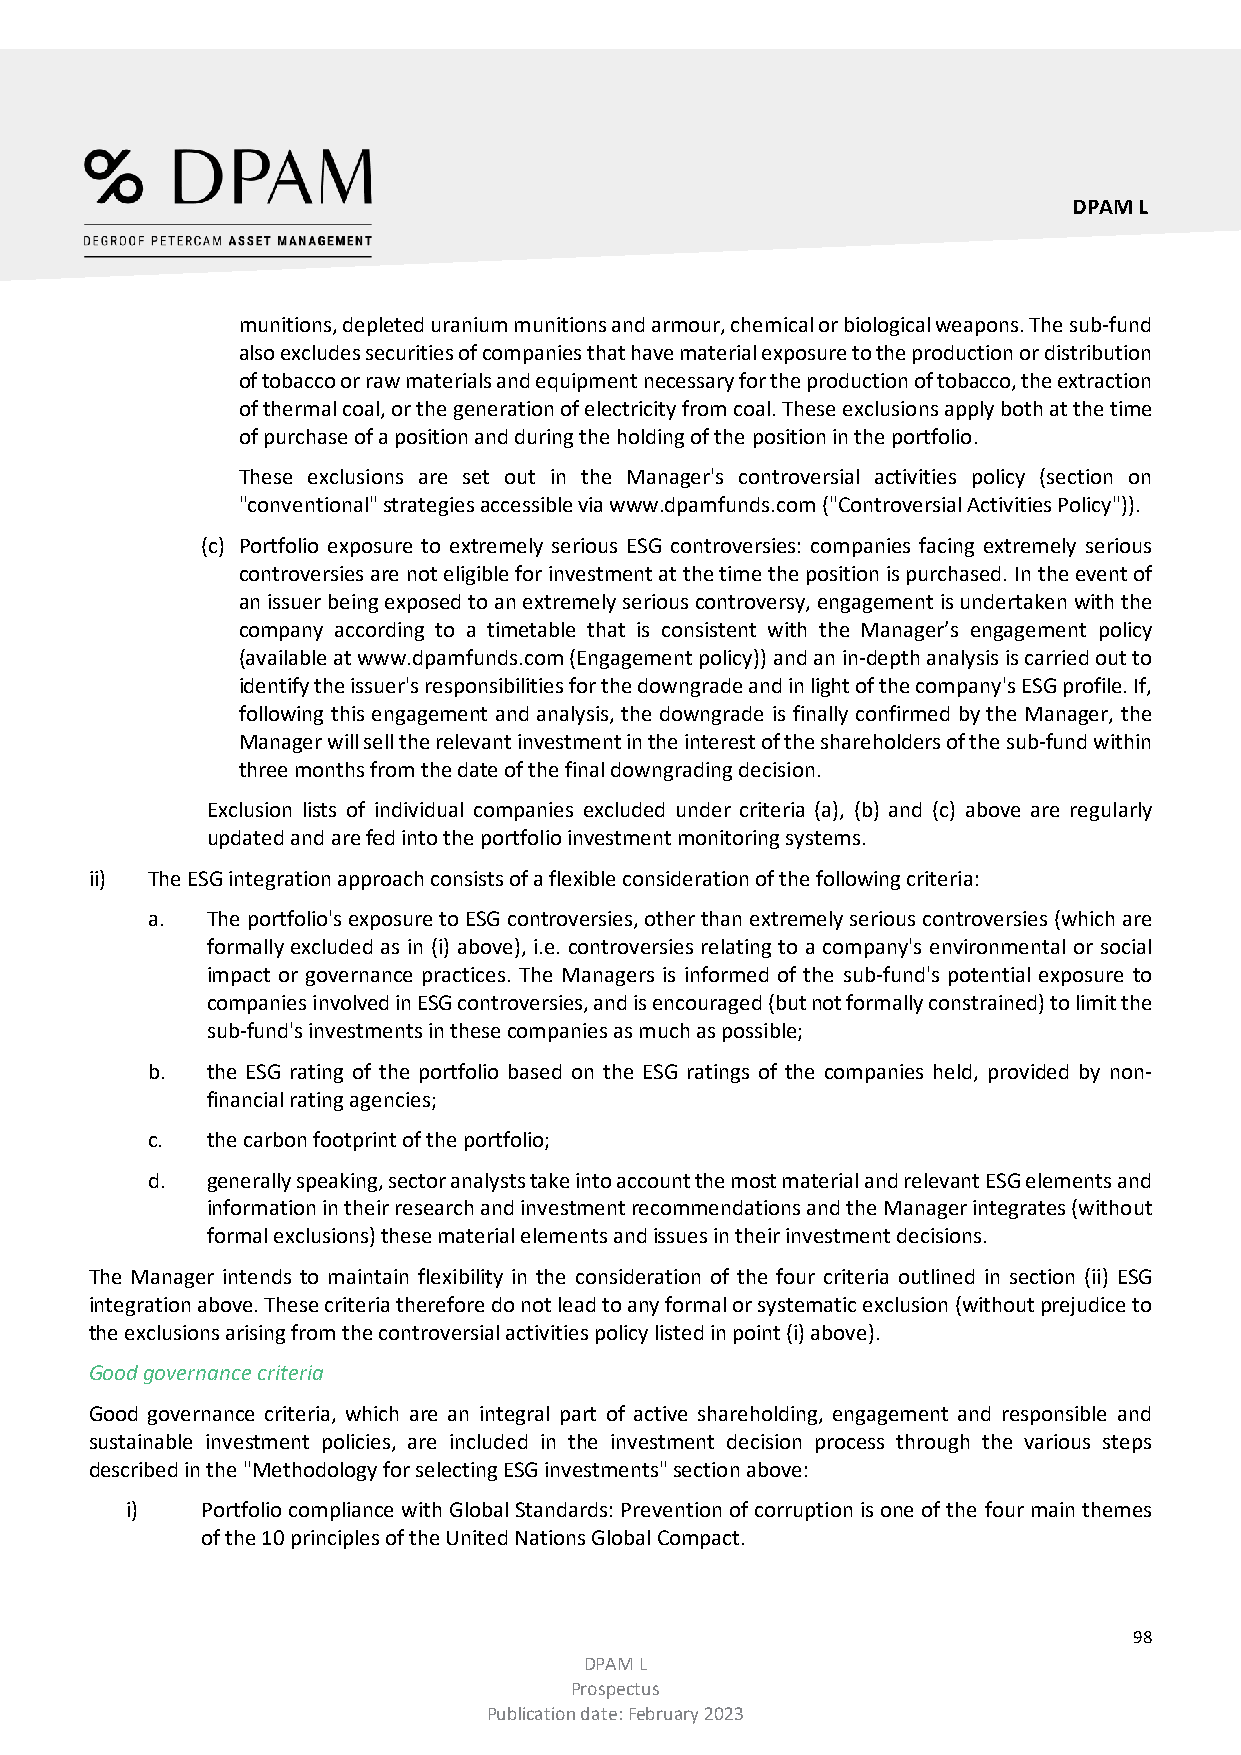
DPAM L
 munitions, depleted uranium munitions and armour, chemical or biological weapons. The sub-fund
 also excludes securities of companies that have material exposure to the production or distribution
 of tobacco or raw materials and equipment necessary for the production of tobacco, the extraction
 of thermal coal, or the generation of electricity from coal. These exclusions apply both at the time
 of purchase of a position and during the holding of the position in the portfolio.
 These exclusions are set out in the Manager's controversial activities policy (section on
 "conventional" strategies accessible via www.dpamfunds.com ("Controversial Activities Policy")).
 (c) Portfolio exposure to extremely serious ESG controversies: companies facing extremely serious
 controversies are not eligible for investment at the time the position is purchased. In the event of
 an issuer being exposed to an extremely serious controversy, engagement is undertaken with the
 company according to a timetable that is consistent with the Manager’s engagement policy
 (available at www.dpamfunds.com (Engagement policy)) and an in-depth analysis is carried out to
 identify the issuer's responsibilities for the downgrade and in light of the company's ESG profile. If,
 following this engagement and analysis, the downgrade is finally confirmed by the Manager, the
 Manager will sell the relevant investment in the interest of the shareholders of the sub-fund within
 three months from the date of the final downgrading decision.
 Exclusion lists of individual companies excluded under criteria (a), (b) and (c) above are regularly
 updated and are fed into the portfolio investment monitoring systems.
 ii) The ESG integration approach consists of a flexible consideration of the following criteria:
 a.  The portfolio's exposure to ESG controversies, other than extremely serious controversies (which are
 formally excluded as in (i) above), i.e. controversies relating to a company's environmental or social
 impact or governance practices. The Managers is informed of the sub-fund's potential exposure to
 companies involved in ESG controversies, and is encouraged (but not formally constrained) to limit the
 sub-fund's investments in these companies as much as possible;
 b.  the ESG rating of the portfolio based on the ESG ratings of the companies held, provided by non-
 financial rating agencies;
 c.  the carbon footprint of the portfolio;
 d.  generally speaking, sector analysts take into account the most material and relevant ESG elements and
 information in their research and investment recommendations and the Manager integrates (without
 formal exclusions) these material elements and issues in their investment decisions.
 The Manager intends to maintain flexibility in the consideration of the four criteria outlined in section (ii) ESG
 integration above. These criteria therefore do not lead to any formal or systematic exclusion (without prejudice to
 the exclusions arising from the controversial activities policy listed in point (i) above).
 Good governance criteria
 Good governance criteria, which are an integral part of active shareholding, engagement and responsible and
 sustainable investment policies, are included in the investment decision process through the various steps
 described in the "Methodology for selecting ESG investments" section above:
 i)   Portfolio compliance with Global Standards: Prevention of corruption is one of the four main themes
 of the 10 principles of the United Nations Global Compact.
 98
 DPAM L
 Prospectus
 Publication date: February 2023